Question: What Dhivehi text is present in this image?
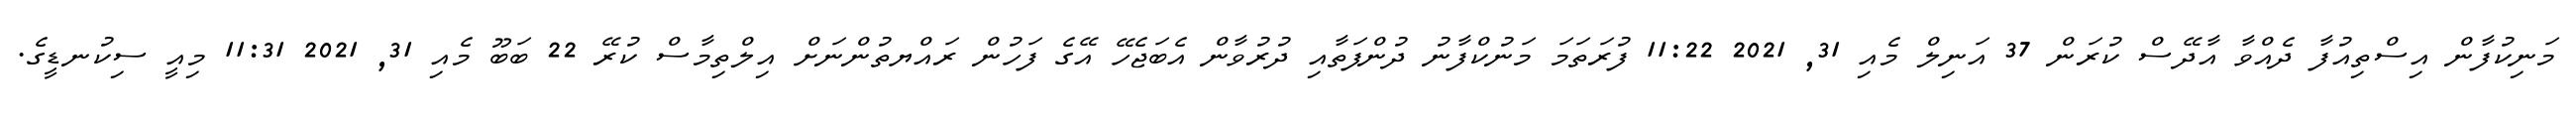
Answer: މަނިކުފާން އިސްތިއުފާ ދެއްވާ އާދޭސް ކުރަން 37 އަނިލް މެއި 31, 2021 11:22 ފުރަތަމަ މަނުކްފާނު ދުންފަތާއި ދުރުވާން އެބަޖެހޭ އޭގެ ފަހުން ރައްޔތުންނަށް އިލްތިމާސް ކުރޭ 22 ބަބޫ މެއި 31, 2021 11:31 މިއީ ސިކުނޑީގެ.